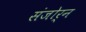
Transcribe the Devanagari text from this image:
संजोर्न